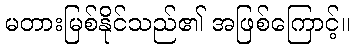
မတားမြစ်နိုင်သည်၏ အဖြစ်ကြောင့်။